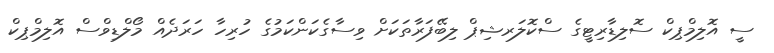
ސީ އޮލިމްޕިކް ސޮލިޑާރިޓީގެ ސްކޮލަރޝިޕް ލިބޭފަރާތަކަށް ވިސާގެކަންކަމުގެ ހުރިހާ ހަރަދެއް މޯލްޑިވްސް އޮލިމްޕިކް